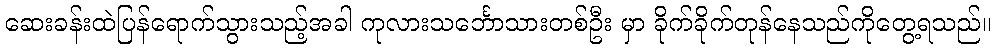
ဆေးခန်းထဲပြန်ရောက်သွားသည့်အခါ ကုလားသင်္ဘောသားတစ်ဦး မှာ ခိုက်ခိုက်တုန်နေသည်ကိုတွေ့ရသည်။